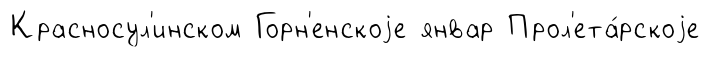
Красносул'инском Горн'енскоjе январ Прол'ета́рскоjе